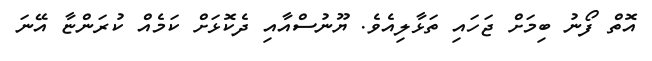
އޮތް ފޯނު ބިމަށް ޖަހައި ތަޅާލިއެވެ. ޔޫނުސްއާއި ދެކޮޅަށް ކަމެއް ކުރަންޏާ އޭނަ